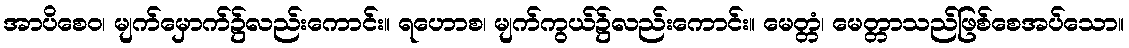
အာပိစေဝ၊ မျက်မှောက်၌လည်းကောင်း။ ရဟောစ၊ မျက်ကွယ်၌လည်းကောင်း။ မေတ္တံ၊ မေတ္တာသည်ဖြစ်စေအပ်သော။